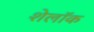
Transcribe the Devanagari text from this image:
शेलॉक